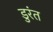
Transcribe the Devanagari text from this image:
डुरंत